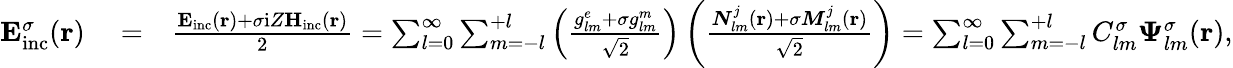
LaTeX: \begin{array}{rlr}{{\mathbf E}_{\mathrm{{inc}}}^{\sigma}({\mathbf r})}&{{}=}&{\frac{{\mathbf E}_{\mathrm{{inc}}}({\mathbf r})+\sigma\mathrm{i}Z{\mathbf H}_{\mathrm{{inc}}}({\mathbf r})}{2}=\sum_{l=0}^{\infty}\sum_{m=-l}^{+l}\left(\frac{{g_{lm}^{e}+\sigma g_{lm}^{m}}}{\sqrt{2}}\right)\left(\frac{{\boldsymbol{N}}_{lm}^{j}({\mathbf r})+\sigma{\boldsymbol{M}}_{lm}^{j}({\mathbf r})}{\sqrt{2}}\right)=\sum_{l=0}^{\infty}\sum_{m=-l}^{+l}C_{lm}^{\sigma}\boldsymbol{\Psi}_{lm}^{\sigma}({\mathbf r}),}\end{array}